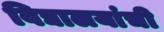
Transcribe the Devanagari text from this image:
विद्यालयांची